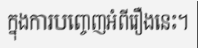
ក្នុងការបញ្ចេញអំពីរឿងនេះ។